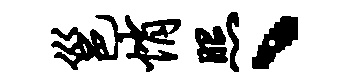
邕悄照、